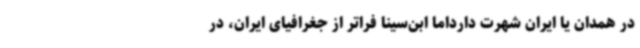
در همدان یا ایران شهرت دارداما ابن‌سینا فراتر از جغرافیای ایران، در